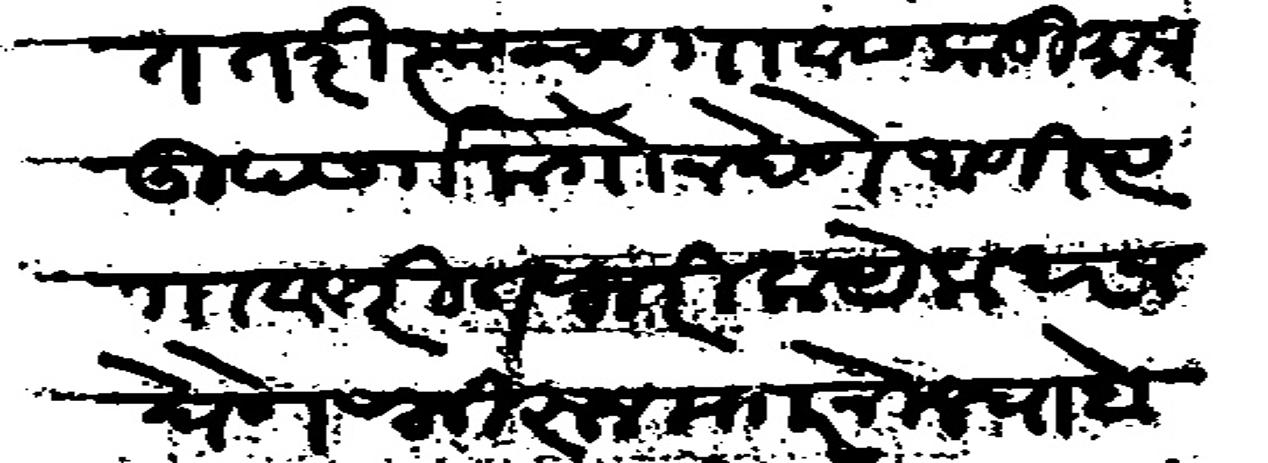
Transliteration (Devanagari): आहेत तरी त्यांच्या गावास काडीमात्र उपसर्ग लागो न देणे आणि त्या गावावरी तफरिक येकंदर न घेणे फिरून माारनिलेचा बोभाट